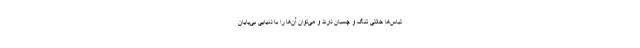
لباس‌ها حالتی تنگ و چسبان دارند و می‌توان آن‌ها را با دنیایی بی‌پایان